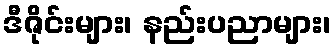
ဒီဇိုင်းများ၊ နည်းပညာများ၊